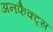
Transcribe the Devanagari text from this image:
अनफैक्ट्स